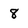
Character: 8